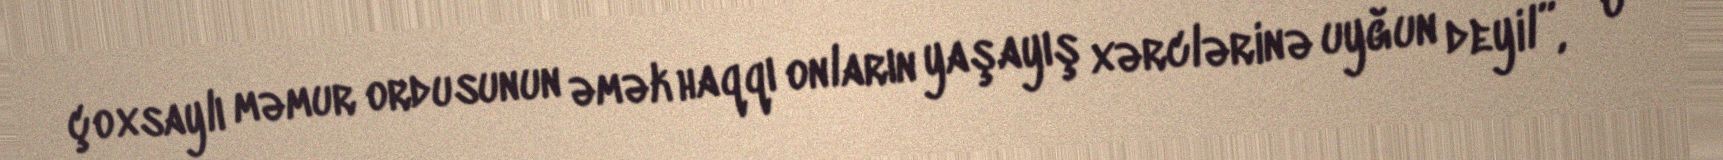
çoxsaylı məmur ordusunun əmək haqqı onların yaşayış xərclərinə uyğun deyil”, - o